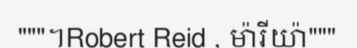
"""។Robert Reid , ម៉ារីយ៉ា"""